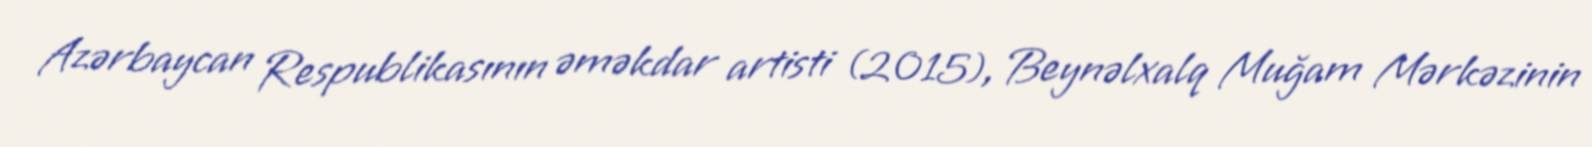
Azərbaycan Respublikasının əməkdar artisti (2015), Beynəlxalq Muğam Mərkəzinin